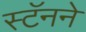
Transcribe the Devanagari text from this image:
स्टॅनने